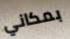
بمكاني